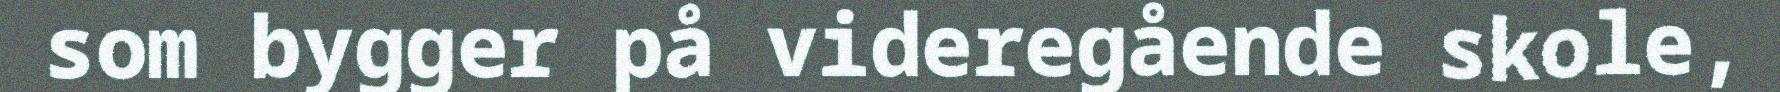
som bygger på videregående skole,